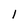
Character: I